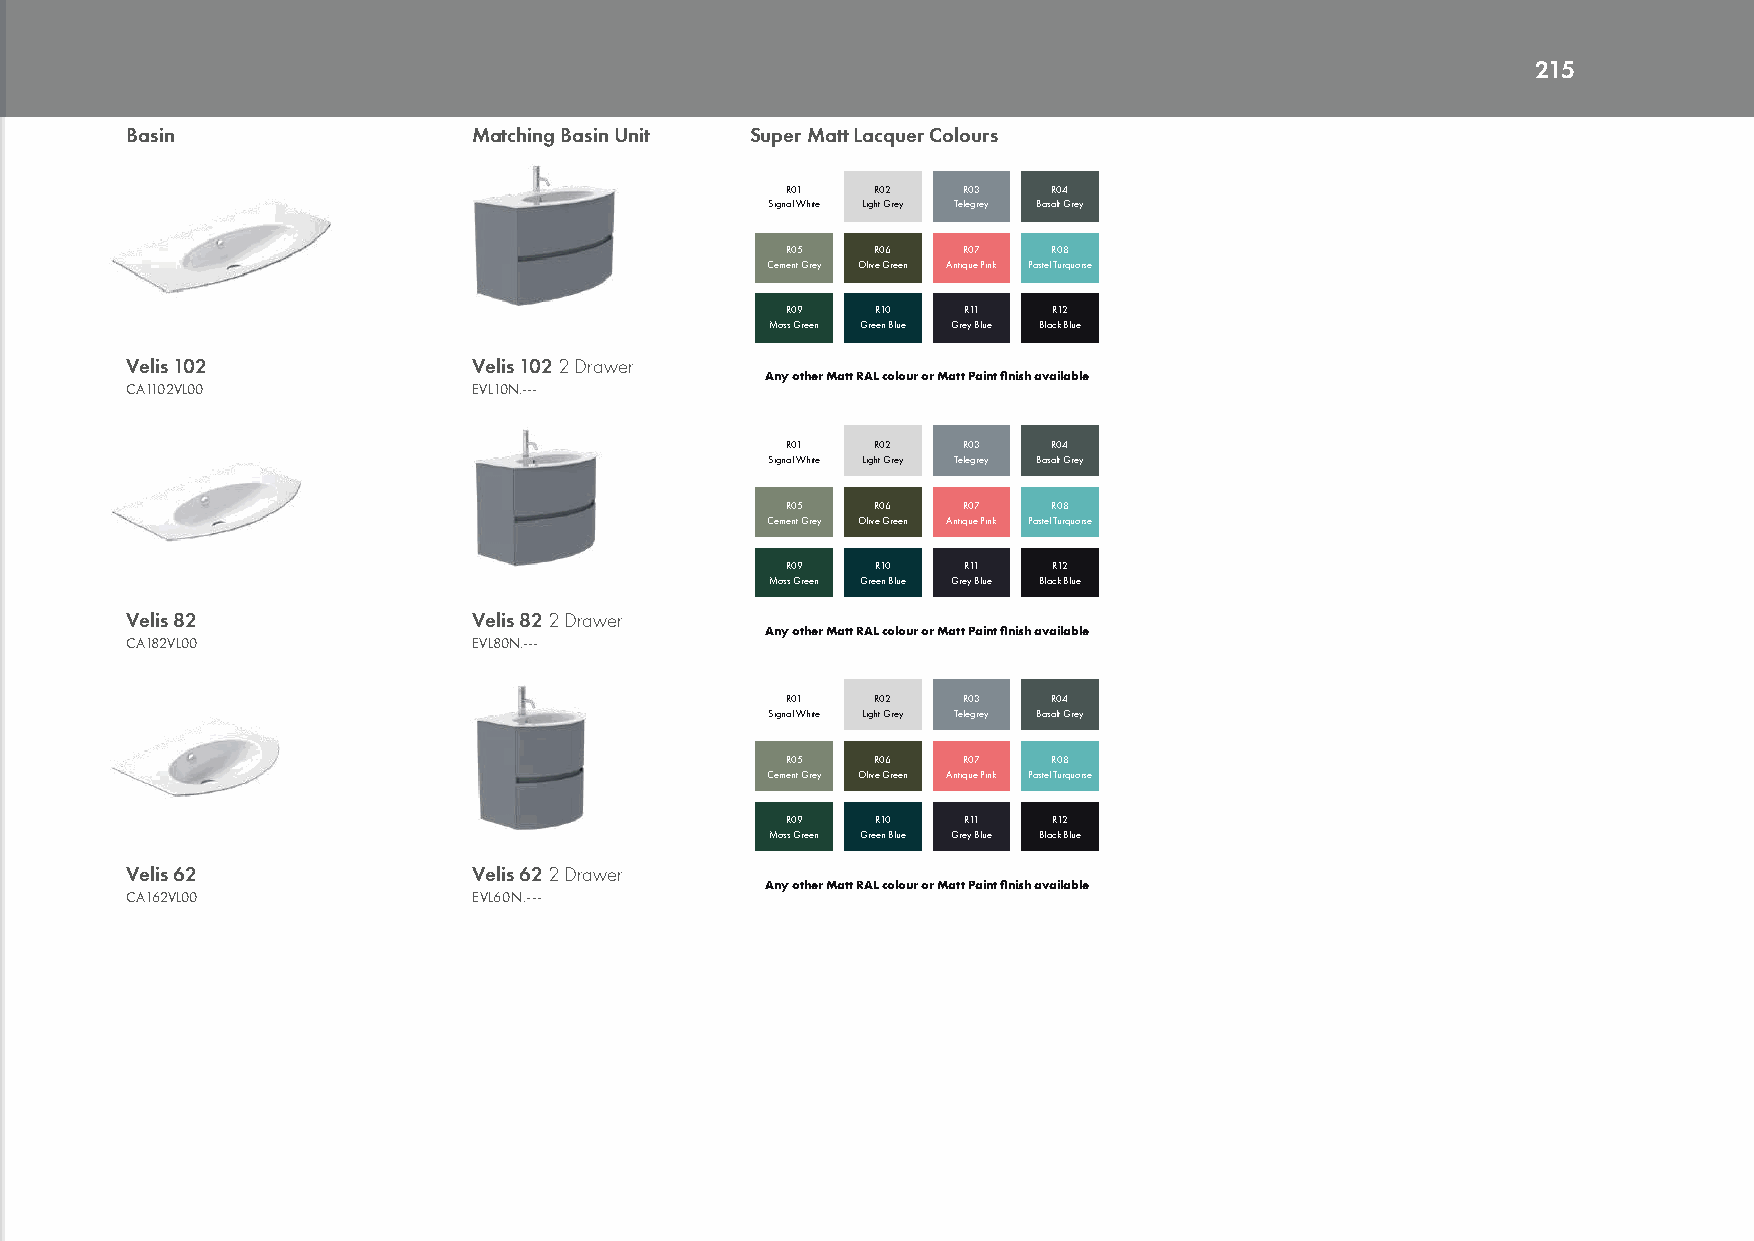
215
 Basin                  Matching Basin Unit Super Matt Lacquer Colours
 R01   R02   R03   R04
 Signal White Light Grey Telegrey Basalt Grey
 R05   R06   R07   R08
 Cement Grey Olive Green Antique Pink Pastel Turquoise
 R09   R10   R11   R12
 Moss Green Green Blue Grey Blue Black Blue
 Velis 102              Velis 102 2 Drawer
 Any other Matt RAL colour or Matt Paint finish available
 CA1102VL00             EVL10N.---
 R01   R02   R03   R04
 Signal White Light Grey Telegrey Basalt Grey
 R05   R06   R07   R08
 Cement Grey Olive Green Antique Pink Pastel Turquoise
 R09   R10   R11   R12
 Moss Green Green Blue Grey Blue Black Blue
 Velis 82               Velis 82 2 Drawer
 Any other Matt RAL colour or Matt Paint finish available
 CA182VL00              EVL80N.---
 R01   R02   R03   R04
 Signal White Light Grey Telegrey Basalt Grey
 R05   R06   R07   R08
 Cement Grey Olive Green Antique Pink Pastel Turquoise
 R09   R10   R11   R12
 Moss Green Green Blue Grey Blue Black Blue
 Velis 62               Velis 62 2 Drawer
 Any other Matt RAL colour or Matt Paint finish available
 CA162VL00              EVL60N.---